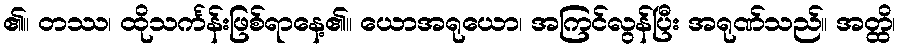
၏။ တဿ၊ ထိုသင်္ကန်းဖြစ်ရာနေ့၏။ ယောအရုယော၊ အကြင်လွန်ပြီး အရုဏ်သည်။ အတ္ထိ၊